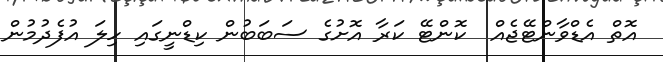
އޮތް އެޑްވާންޓޭޖެއް  ކޮންޓޭ ކަރާ އޮށުގެ ސަބަބުން ކިޑްނީގައި ހިލަ އުފެދުމުން